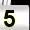
Digit: 5